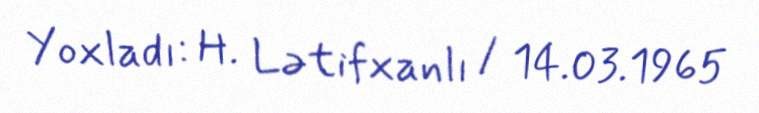
Yoxladı: H. Lətifxanlı / 14.03.1965